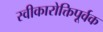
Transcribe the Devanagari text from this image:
स्वीकारोक्तिपूर्वक